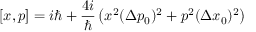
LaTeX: [ x , p ] = i \hbar + \frac { 4 i } { \hbar } \left( x ^ { 2 } ( \Delta p _ { 0 } ) ^ { 2 } + p ^ { 2 } ( \Delta x _ { 0 } ) ^ { 2 } \right)